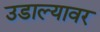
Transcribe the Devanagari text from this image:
उडाल्यावर